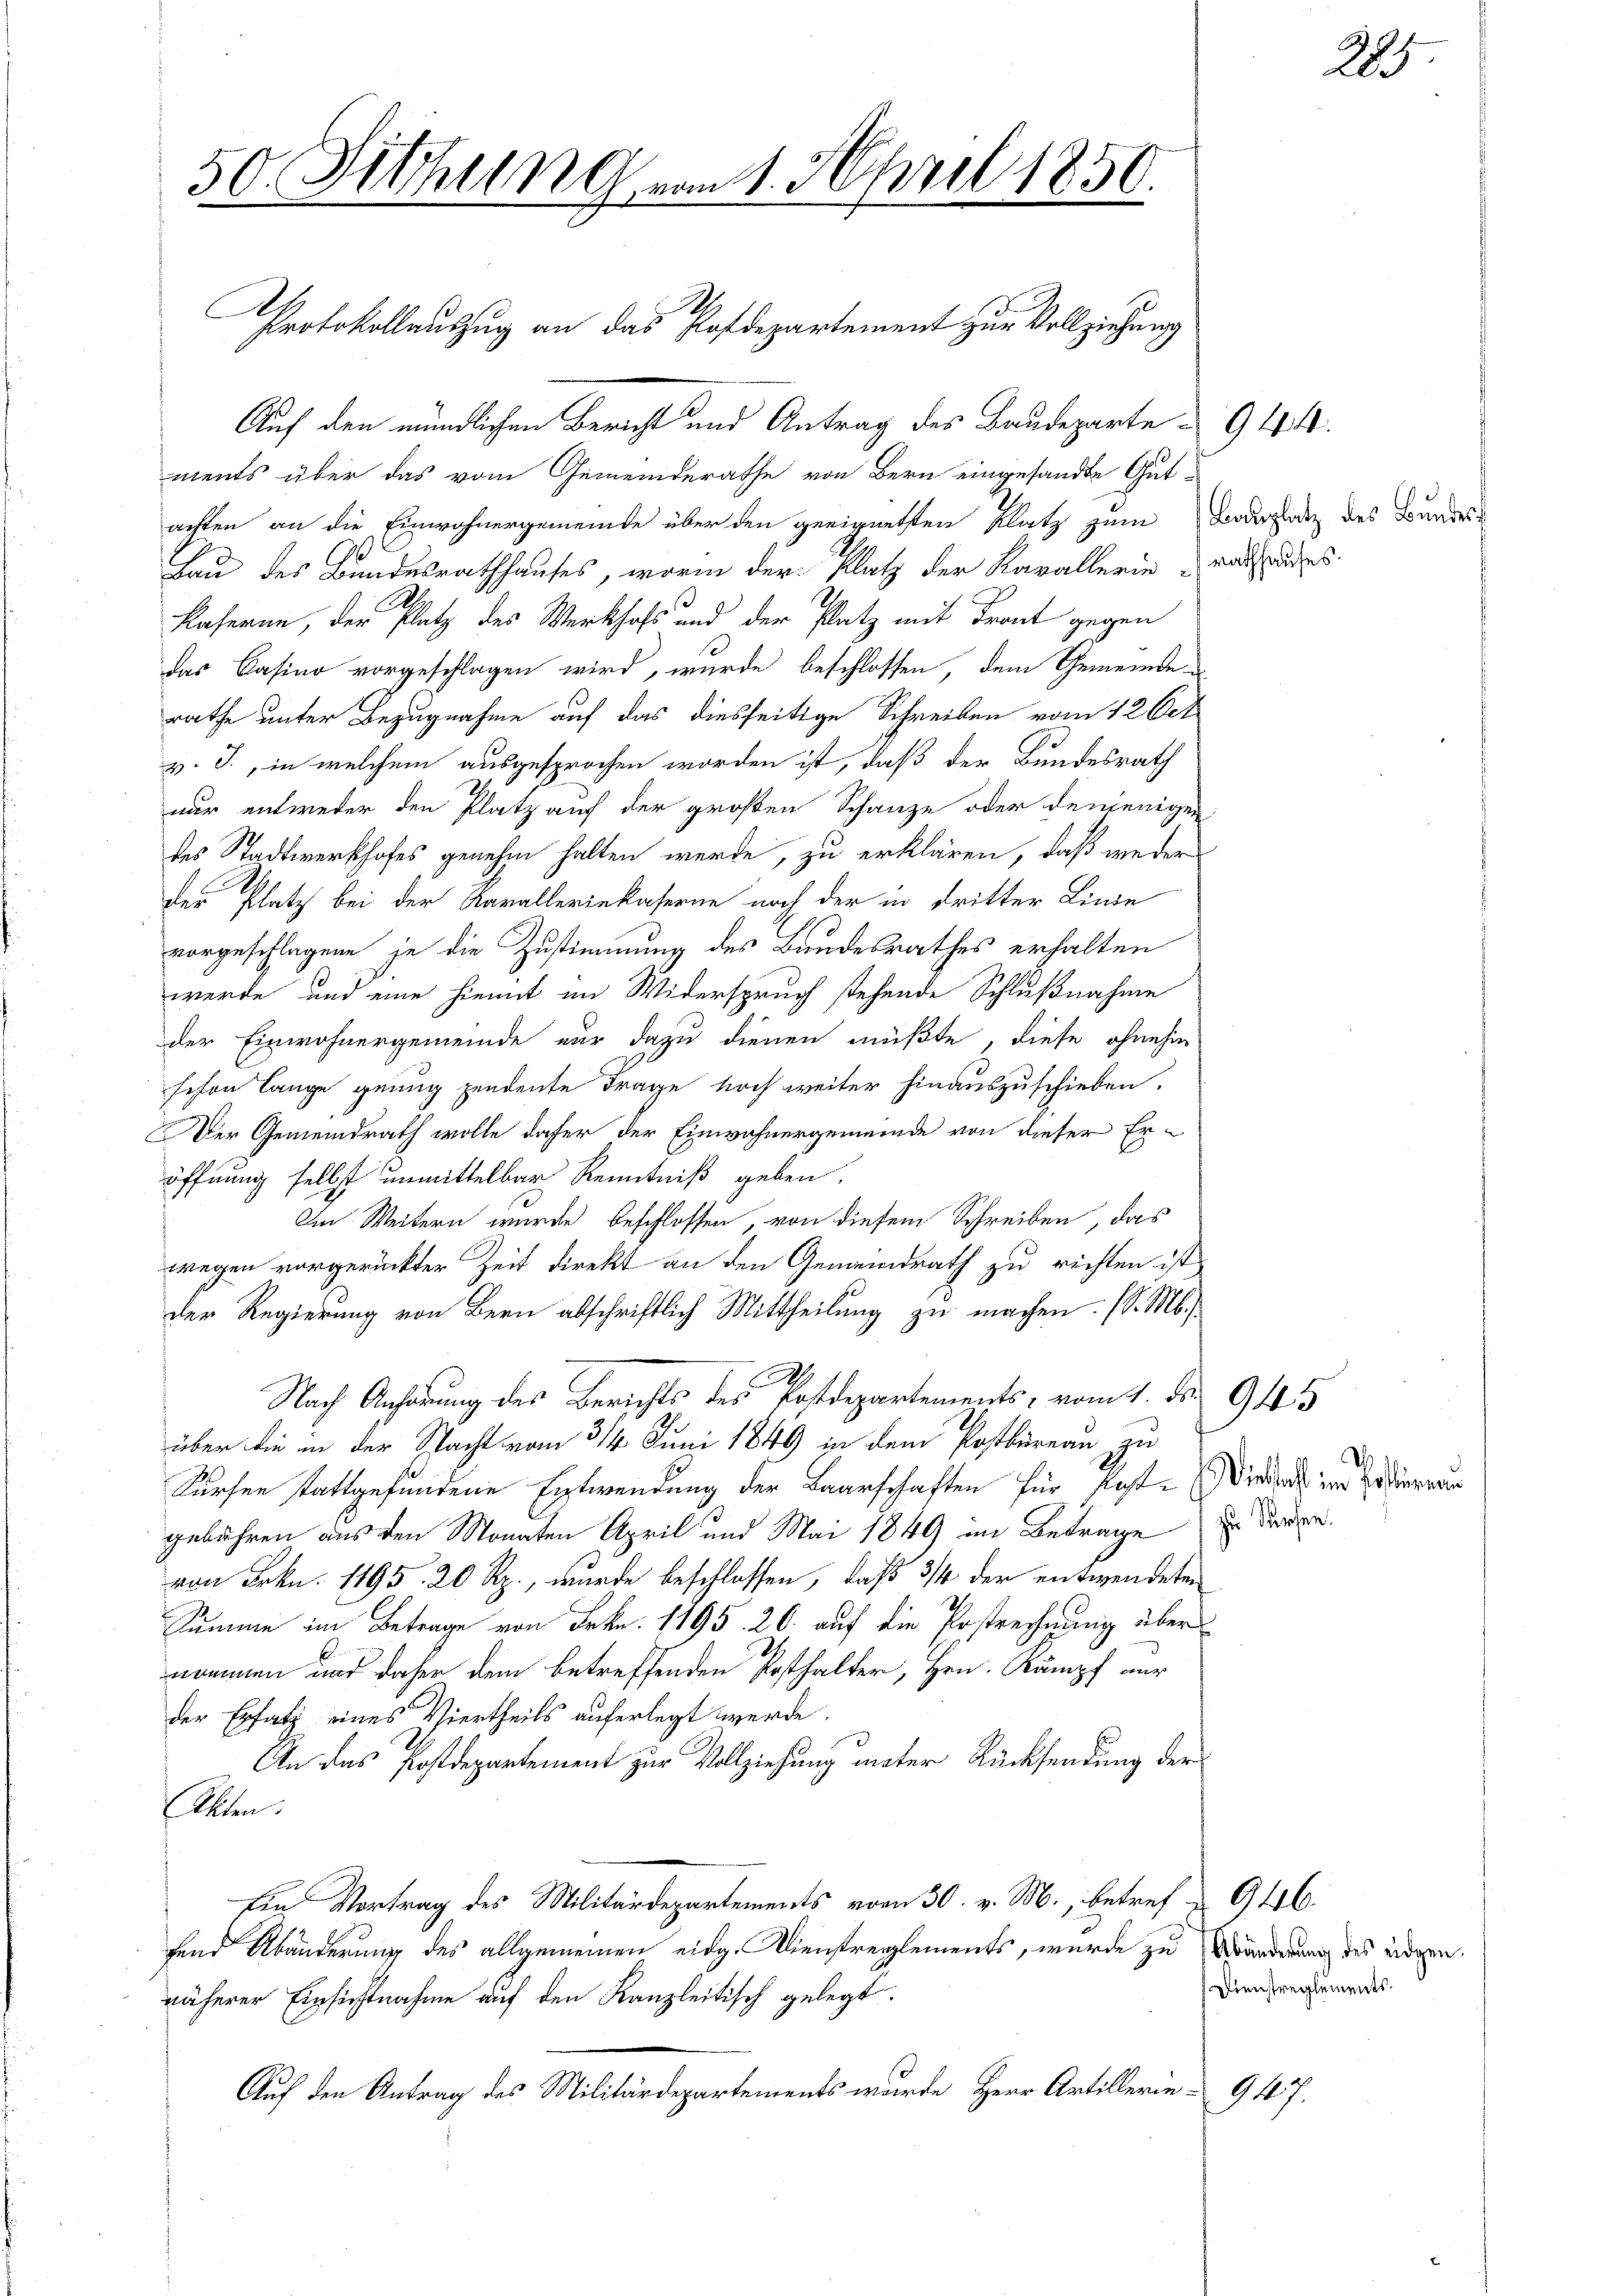
50. Fithung vom 1. April 1850.

e
Protokollauszug an das Radepartement zur Vollziehung

Auf den mündlichen Bericht und Antrag des Baudeparte 944.
ments über das vom Gemeinderathe von Bern eingesandte Gutachten an die Einwohnergemeinde über den geeignetsten Platz zum Badeplatz des Bundern
Hau des Bundesrathhauses, worin der Platz der Kavallerie Rath des
S.
Kaseren, der Platz des Werkhofs und der Platz mit Front gegen
das Casino vorgeschlagen wird, wurde beschlossen, dem Gemeinde
rathe unter Bezugnahme auf das diesseitige Schreiben vom 12 Oct
v. J., in welchem ausgesprochen worden ist, daß der Bundesrath
nur entweder den Platz auf der großen Schanze oder denjenigen
des Stadtwerkhofes genehm halten werde, zu erklären, daß weder
Der Platz bei der Kavalleriekaserne noch der in dritter Linde
vorgeschlagene je die Zustimmung des Bundesrathes erhalten
werde und eine hiemit im Widerspruch stehende Schlußnahme
der Einwohnergemeinde nur dazu dienen müßte, diese ohnehin
sehen lange genug pendente Frage noch weiter hinauszuschieben.
Der Gemeindrath wolle daher der Einwohnergemeinde von dieser Er-
öffnung selbst unmittelbar Kenntniß geben,
Im Weitern wurde beschlossen, von diesem Schreiben, das
wegen vorgerückter Zeit direkt an den Gemeindrath zu richten ist,
der Regierung von Bern abschriftlich Mittheilung zu machen. (S. M.
M
Nach Anhörung des Berichts des Postdepartements vom 1. Fs. 945
über die in der Stacht vom 314. Juni 1849 in dem Postbureau zu
Kürfen stattgefundene Entwendung der Baarschaften für Post- Wieder in Bedieren
gebühren aus den Monaten April und Mai 1849 im Betrage zu dire
von Frkn. 1195. 20 Rp., wurde beschlossen, daß 3/4 der entwendeten
Summe im Betrage von Frkn. 1195. 26. auf die Postrechnung über
nommen und daher dem betreffenden Posthalter, Hrn. Kampf nur
der Ersatz eines Viertheils auferlegt werde.
An das Postdepartement zur Vollziehung unter Rücksendung der
Akten.
Ein Vortrag des Militärdepartements vom 30. v. M., betref - 9416.
fend Abänderung des allgemeinen eidg. Dienstreglements, wurde zu Bänderung des eidgen.
näherer Einsichtnahme auf den Kanzleitisch gelegt.
Auf den Antrag des Militärdepartements wurde Herr Artillerie-

2

Dienstreglements.

917.